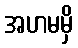
အဟမမှိ